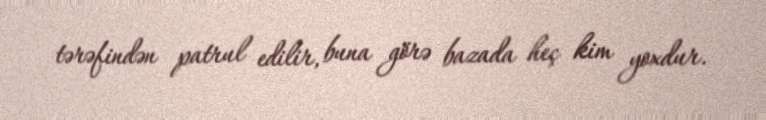
tərəfindən patrul edilir, buna görə bazada heç kim yoxdur.